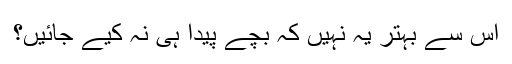
اس سے بہتر یہ نہیں کہ بچے پیدا ہی نہ کیے جائیں؟